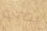
بصرية